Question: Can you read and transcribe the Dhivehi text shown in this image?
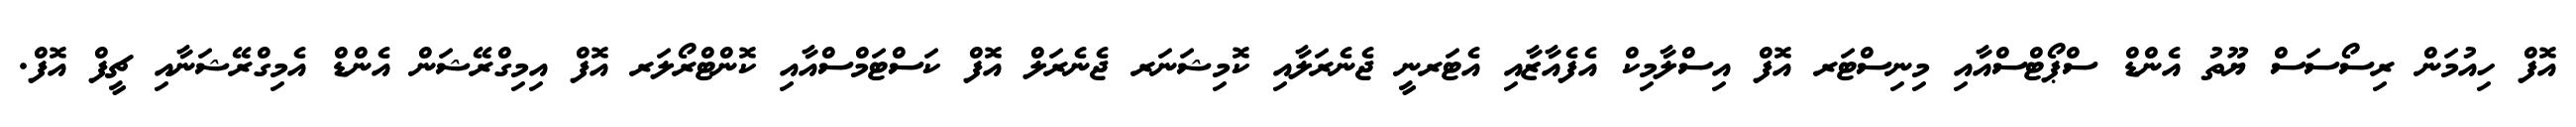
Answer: އޮފް ހިއުމަން ރިސޯސަސް ޔޫތު އެންޑް ސްޕޯޓްސްއާއި މިނިސްޓަރ އޮފް އިސްލާމިކް އެފެއާޒާއި އެޓަރނީ ޖެނެރަލާއި ކޮމިޝަނަރ ޖެނެރަލް އޮފް ކަސްޓަމްސްއާއި ކޮންޓްރޯލަރ އޮފް އިމިގްރޭޝަން އެންޑް އެމިގްރޭޝަނާއި ޗީފް އޮފް.